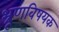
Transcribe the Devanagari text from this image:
भ्रूणविषयक